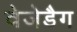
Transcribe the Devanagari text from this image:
वेजेडैग